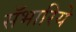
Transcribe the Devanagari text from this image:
सँभारिये